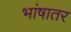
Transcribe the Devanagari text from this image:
भांषातर